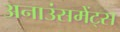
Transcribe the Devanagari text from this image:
अनाउंसमेंट्स